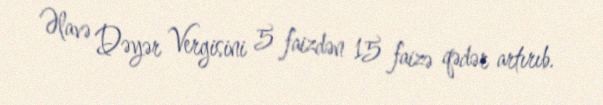
Əlavə Dəyər Vergisini 5 faizdən 15 faizə qədər artırıb.